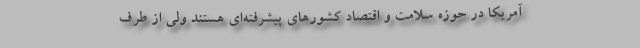
آمریکا در حوزه سلامت و اقتصاد کشورهای پیشرفته‌ای هستند ولی از طرف